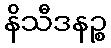
နိသီဒနဉ္စ